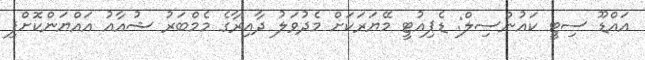
އައްޑޫ ސިޓީ ކައުންސިލް: ޑެޕިއުޓީ މޭޔަރަކަށް މެދުވަލު ދާއިރާގެ މެމްބަރު ޝުއާއު އައްޔަންކޮށްފި